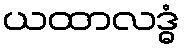
ယထာလဒ္ဓံ